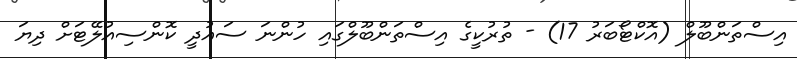
އިސްތަންބޫލް (އޮކްޓޯބަރު 17) - ތުރުކީގެ އިސްތަންބޫލްގައި ހުންނަ ސައުދީ ކޮންސިއުލޭޓަށް ދިޔަ